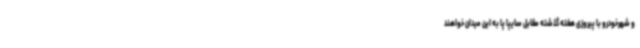
و شهرخودرو با پیروزی هفته گذشته مقابل سایپا پا به این میدان خواهند